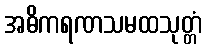
အဓိကရဏသမထသုတ္တံ